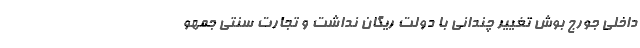
داخلی جورج بوش تغییر چندانی با دولت ریگان نداشت و تجارت سنتی جمهو